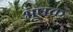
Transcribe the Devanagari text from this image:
भूषक